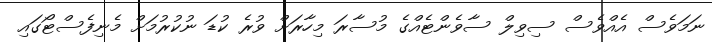
ނަމަވެސް އެއްވެސް ސިވިލް ސާވެންޓެއްގެ މުސާރަ މިހާރަށް ވުރެ ކުޑަ ނުކުރުމަށް މެނިފެސްޓޯގައި